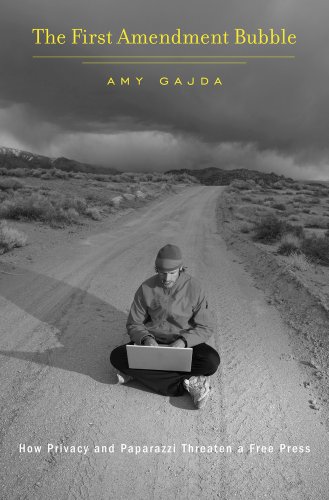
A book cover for The First Amendment Bubble: How Privacy and Paparazzi Threaten a Free Press; Amy Gajda; Law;